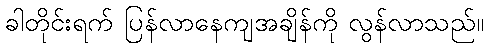
ခါတိုင်းရက် ပြန်လာနေကျအချိန်ကို လွန်လာသည်။